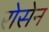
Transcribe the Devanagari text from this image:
रोसेन